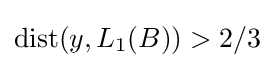
\mathrm {dist} (y,L_{1}(B))>2/3